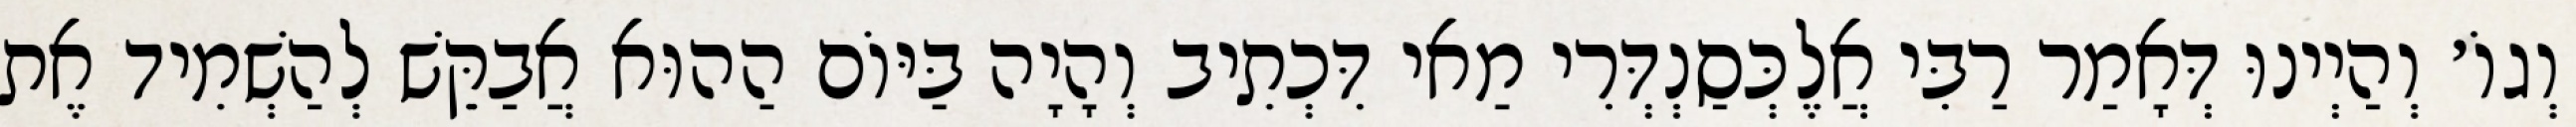
וְגוֹ׳ וְהַיְינוּ דְּאָמַר רַבִּי אֲלֶכְּסַנְדְּרִי מַאי דִּכְתִיב וְהָיָה בַּיּוֹם הַהוּא אֲבַקֵּשׁ לְהַשְׁמִיד אֶת